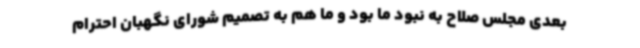
بعدی مجلس صلاح به نبود ما بود و ما هم به تصمیم شورای نگهبان احترام